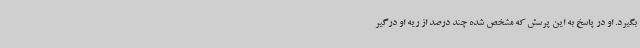
بگیرد. او در پاسخ به این پرسش که مشخص شده چند درصد از ریه او درگیر